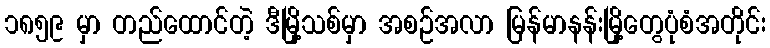
၁၈၅၉ မှာ တည်ထောင်တဲ့ ဒီမြို့သစ်မှာ အစဉ်အလာ မြန်မာနန်းမြို့တွေပုံစံအတိုင်း